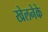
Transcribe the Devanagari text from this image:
खेलनेके